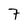
Character: 7